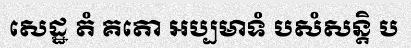
សេដ្ឋ តំ គតោ ឣប្បមាទំ បសំសន្តិ ប